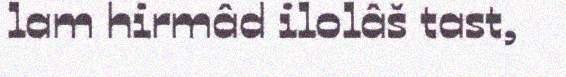
lam hirmâd ilolâš tast,